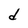
Character: d